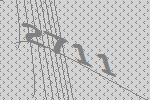
2711